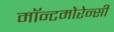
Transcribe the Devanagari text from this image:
मॉन्टमोरेन्सी